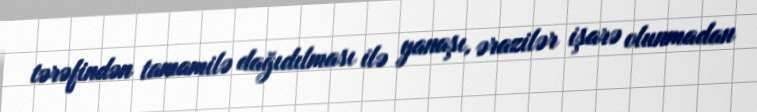
tərəfindən tamamilə dağıdılması ilə yanaşı, ərazilər işarə olunmadan